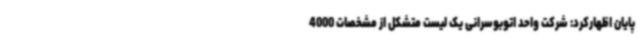
پایان اظهارکرد: شرکت واحد اتوبوسرانی یک لیست متشکل از مشخصات 4000